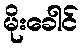
မိုးခေါင်